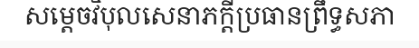
សម្តេចវិបុលសេនាភក្តីប្រធានព្រឹទ្ធសភា